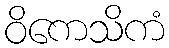
ဝိကေသိကံ